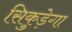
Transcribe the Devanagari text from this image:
सिकुड़ेगा